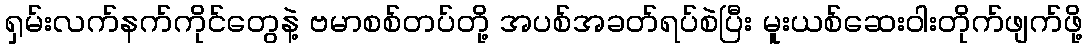
ရှမ်းလက်နက်ကိုင်တွေနဲ့ ဗမာစစ်တပ်တို့ အပစ်အခတ်ရပ်စဲပြီး မူးယစ်ဆေးဝါးတိုက်ဖျက်ဖို့